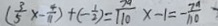
( \frac { 3 } { 5 } x - \frac { 4 } { 1 1 } ) + ( - \frac { 1 } { 2 } ) = \frac { x } { 1 1 0 } x - 1 = \frac { 7 ^ { n } } { 1 1 0 }